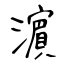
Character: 濵